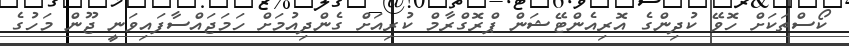
ކޯސްތަކަށް ހޮވޭ ކުދިންގެ އޮރިއެންޓޭޝަން ޕްރޮގްރާމް ކުރިއަށް ގެންދިއުމަށް ހަމަޖައްސާފައިވަނީ ޖޫން މަހުގެ